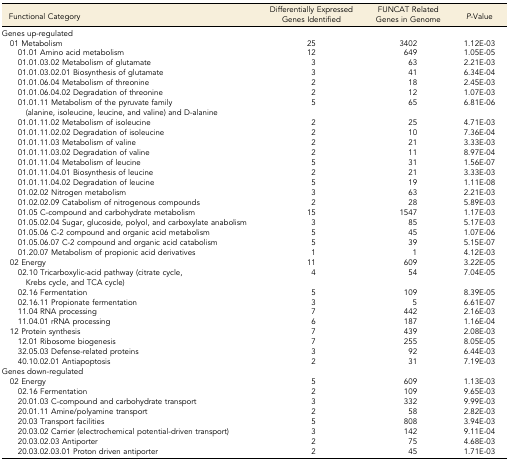
<table><thead><tr><td><b>Functional Category</b></td><td><b>Differentially Expressed Genes Identified</b></td><td><b>FUNCAT Related Genes in Genome</b></td><td><b><i>P</i>-Value</b></td></tr></thead><tbody><tr><td>Genes up-regulated</td><td></td><td></td><td></td></tr><tr><td> 01 Metabolism</td><td>25</td><td>3402</td><td>1.12E-03</td></tr><tr><td>01.01 Amino acid metabolism</td><td>12</td><td>649</td><td>1.05E-05</td></tr><tr><td>01.01.03.02 Metabolism of glutamate</td><td>3</td><td>63</td><td>2.21E-03</td></tr><tr><td>01.01.03.02.01 Biosynthesis of glutamate</td><td>3</td><td>41</td><td>6.34E-04</td></tr><tr><td>01.01.06.04 Metabolism of threonine</td><td>2</td><td>18</td><td>2.45E-03</td></tr><tr><td>01.01.06.04.02 Degradation of threonine</td><td>2</td><td>12</td><td>1.07E-03</td></tr><tr><td>01.01.11 Metabolism of the pyruvate family (alanine, isoleucine, leucine, and valine) and D-alanine</td><td>5</td><td>65</td><td>6.81E-06</td></tr><tr><td>01.01.11.02 Metabolism of isoleucine</td><td>2</td><td>25</td><td>4.71E-03</td></tr><tr><td>01.01.11.02.02 Degradation of isoleucine</td><td>2</td><td>10</td><td>7.36E-04</td></tr><tr><td>01.01.11.03 Metabolism of valine</td><td>2</td><td>21</td><td>3.33E-03</td></tr><tr><td>01.01.11.03.02 Degradation of valine</td><td>2</td><td>11</td><td>8.97E-04</td></tr><tr><td>01.01.11.04 Metabolism of leucine</td><td>5</td><td>31</td><td>1.56E-07</td></tr><tr><td>01.01.11.04.01 Biosynthesis of leucine</td><td>2</td><td>21</td><td>3.33E-03</td></tr><tr><td>01.01.11.04.02 Degradation of leucine</td><td>5</td><td>19</td><td>1.11E-08</td></tr><tr><td>01.02.02 Nitrogen metabolism</td><td>3</td><td>63</td><td>2.21E-03</td></tr><tr><td>01.02.02.09 Catabolism of nitrogenous compounds</td><td>2</td><td>28</td><td>5.89E-03</td></tr><tr><td>01.05 C-compound and carbohydrate metabolism</td><td>15</td><td>1547</td><td>1.17E-03</td></tr><tr><td>01.05.02.04 Sugar, glucoside, polyol, and carboxylate anabolism</td><td>3</td><td>85</td><td>5.17E-03</td></tr><tr><td>01.05.06 C-2 compound and organic acid metabolism</td><td>5</td><td>45</td><td>1.07E-06</td></tr><tr><td>01.05.06.07 C-2 compound and organic acid catabolism</td><td>5</td><td>39</td><td>5.15E-07</td></tr><tr><td>01.20.07 Metabolism of propionic acid derivatives</td><td>1</td><td>1</td><td>4.12E-03</td></tr><tr><td> 02 Energy</td><td>11</td><td>609</td><td>3.22E-05</td></tr><tr><td>02.10 Tricarboxylic-acid pathway (citrate cycle, Krebs cycle, and TCA cycle)</td><td>4</td><td>54</td><td>7.04E-05</td></tr><tr><td>02.16 Fermentation</td><td>5</td><td>109</td><td>8.39E-05</td></tr><tr><td>02.16.11 Propionate fermentation</td><td>3</td><td>5</td><td>6.61E-07</td></tr><tr><td>11.04 RNA processing</td><td>7</td><td>442</td><td>2.16E-03</td></tr><tr><td>11.04.01 rRNA processing</td><td>6</td><td>187</td><td>1.16E-04</td></tr><tr><td> 12 Protein synthesis</td><td>7</td><td>439</td><td>2.08E-03</td></tr><tr><td>12.01 Ribosome biogenesis</td><td>7</td><td>255</td><td>8.05E-05</td></tr><tr><td>32.05.03 Defense-related proteins</td><td>3</td><td>92</td><td>6.44E-03</td></tr><tr><td>40.10.02.01 Antiapoptosis</td><td>2</td><td>31</td><td>7.19E-03</td></tr><tr><td>Genes down-regulated</td><td></td><td></td><td></td></tr><tr><td> 02 Energy</td><td>5</td><td>609</td><td>1.13E-03</td></tr><tr><td>02.16 Fermentation</td><td>2</td><td>109</td><td>9.65E-03</td></tr><tr><td>20.01.03 C-compound and carbohydrate transport</td><td>3</td><td>332</td><td>9.99E-03</td></tr><tr><td>20.01.11 Amine/polyamine transport</td><td>2</td><td>58</td><td>2.82E-03</td></tr><tr><td>20.03 Transport facilities</td><td>5</td><td>808</td><td>3.94E-03</td></tr><tr><td>20.03.02 Carrier (electrochemical potential-driven transport)</td><td>3</td><td>142</td><td>9.11E-04</td></tr><tr><td>20.03.02.03 Antiporter</td><td>2</td><td>75</td><td>4.68E-03</td></tr><tr><td>20.03.02.03.01 Proton driven antiporter</td><td>2</td><td>45</td><td>1.71E-03</td></tr></tbody></table>